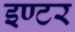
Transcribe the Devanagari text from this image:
इण्‍टर